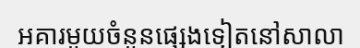
អគារមួយចំនួនផ្សេងទៀតនៅសាលា